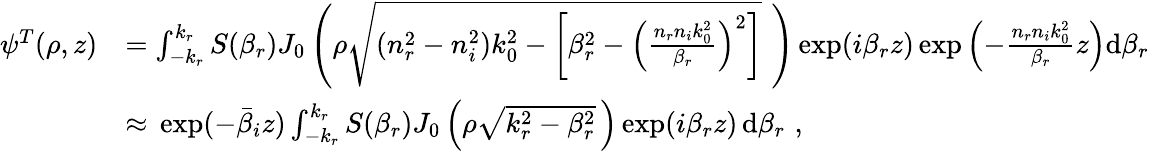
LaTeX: \begin{array}{clr}{\psi^{T}(\rho,z)}&{=\int_{-k_{r}}^{k_{r}}S(\beta_{r})J_{0}\left(\rho\sqrt{(n_{r}^{2}-n_{i}^{2})k_{0}^{2}-\left[\beta_{r}^{2}-\left(\frac{n_{r}n_{i}k_{0}^{2}}{\beta_{r}}\right)^{2}\right]}\, \, \right)\exp(i\beta_{r}z)\exp\left(-\frac{n_{r}n_{i}k_{0}^{2}}{\beta_{r}}z\right)\textrm{d}\beta_{r}}\\ &{\approx\, \exp(-\bar{\beta}_{i}z)\int_{-k_{r}}^{k_{r}}S(\beta_{r})J_{0}\left(\rho\sqrt{k_{r}^{2}-\beta_{r}^{2}}\, \right)\exp(i\beta_{r}z)\, \textrm{d}\beta_{r}\, \, ,}\end{array}